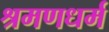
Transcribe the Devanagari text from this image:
श्रमणधर्म